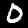
Digit: 0